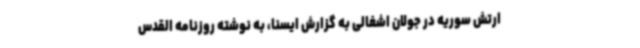
ارتش سوریه در جولان اشغالی به گزارش ایسنا، به نوشته روزنامه القدس